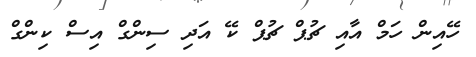
ހޭއިން ހަމް އާއި ޗުޕް ޗުޕް ކޭ އަދިި ސިންގް އިސް ކިންގް